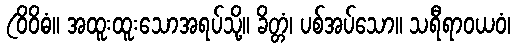
(ဝိဝိဓံ။ အထူးထူးသောအရပ်သို့။ ခိတ္တံ၊ ပစ်အပ်သော။ သရီရာဝယဝံ၊